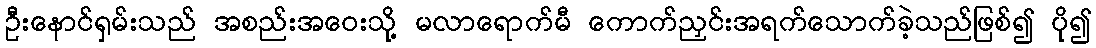
ဦးနောင်ရှမ်းသည် အစည်းအဝေးသို့ မလာရောက်မီ ကောက်ညှင်းအရက်သောက်ခဲ့သည်ဖြစ်၍ ပို၍